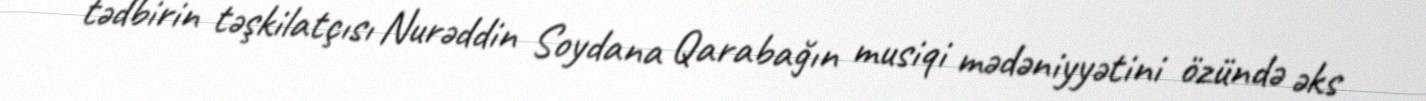
tədbirin təşkilatçısı Nurəddin Soydana Qarabağın musiqi mədəniyyətini özündə əks